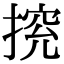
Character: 𢰉